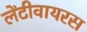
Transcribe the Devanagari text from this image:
लेंटीवायरस